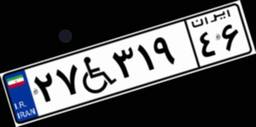
۲۷W۳۱۹۴۶